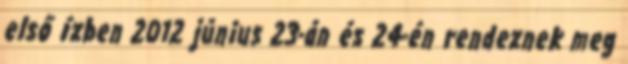
első ízben 2012 június 23-án és 24-én rendeznek meg